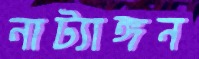
নাট্যাঙ্গন